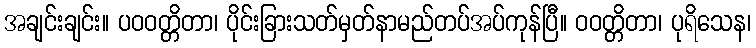
အချင်းချင်း။ ပဝဝတ္တိတာ၊ ပိုင်းခြားသတ်မှတ်နာမည်တပ်အပ်ကုန်ပြီ။ ဝဝတ္တိတာ၊ ပုရိသေန၊